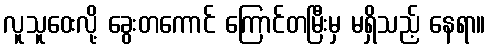
လူသူဝေးလို့ ခွေးတကောင် ကြောင်တမြီးမှ မရှိသည့် နေရာ။